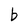
Character: b